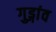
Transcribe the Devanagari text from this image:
गुड्गांव